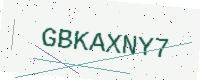
Text: GBKAXNY7